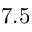
7 . 5